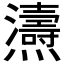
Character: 𤒵